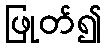
ဖြုတ်၍